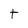
Character: t